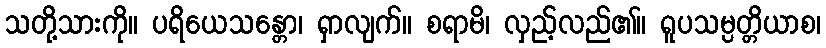
သတို့သားကို။ ပရိယေသန္တော၊ ရှာလျက်။ စရာမိ၊ လှည့်လည်၏။ ရူပသမ္ပတ္တိယာစ၊